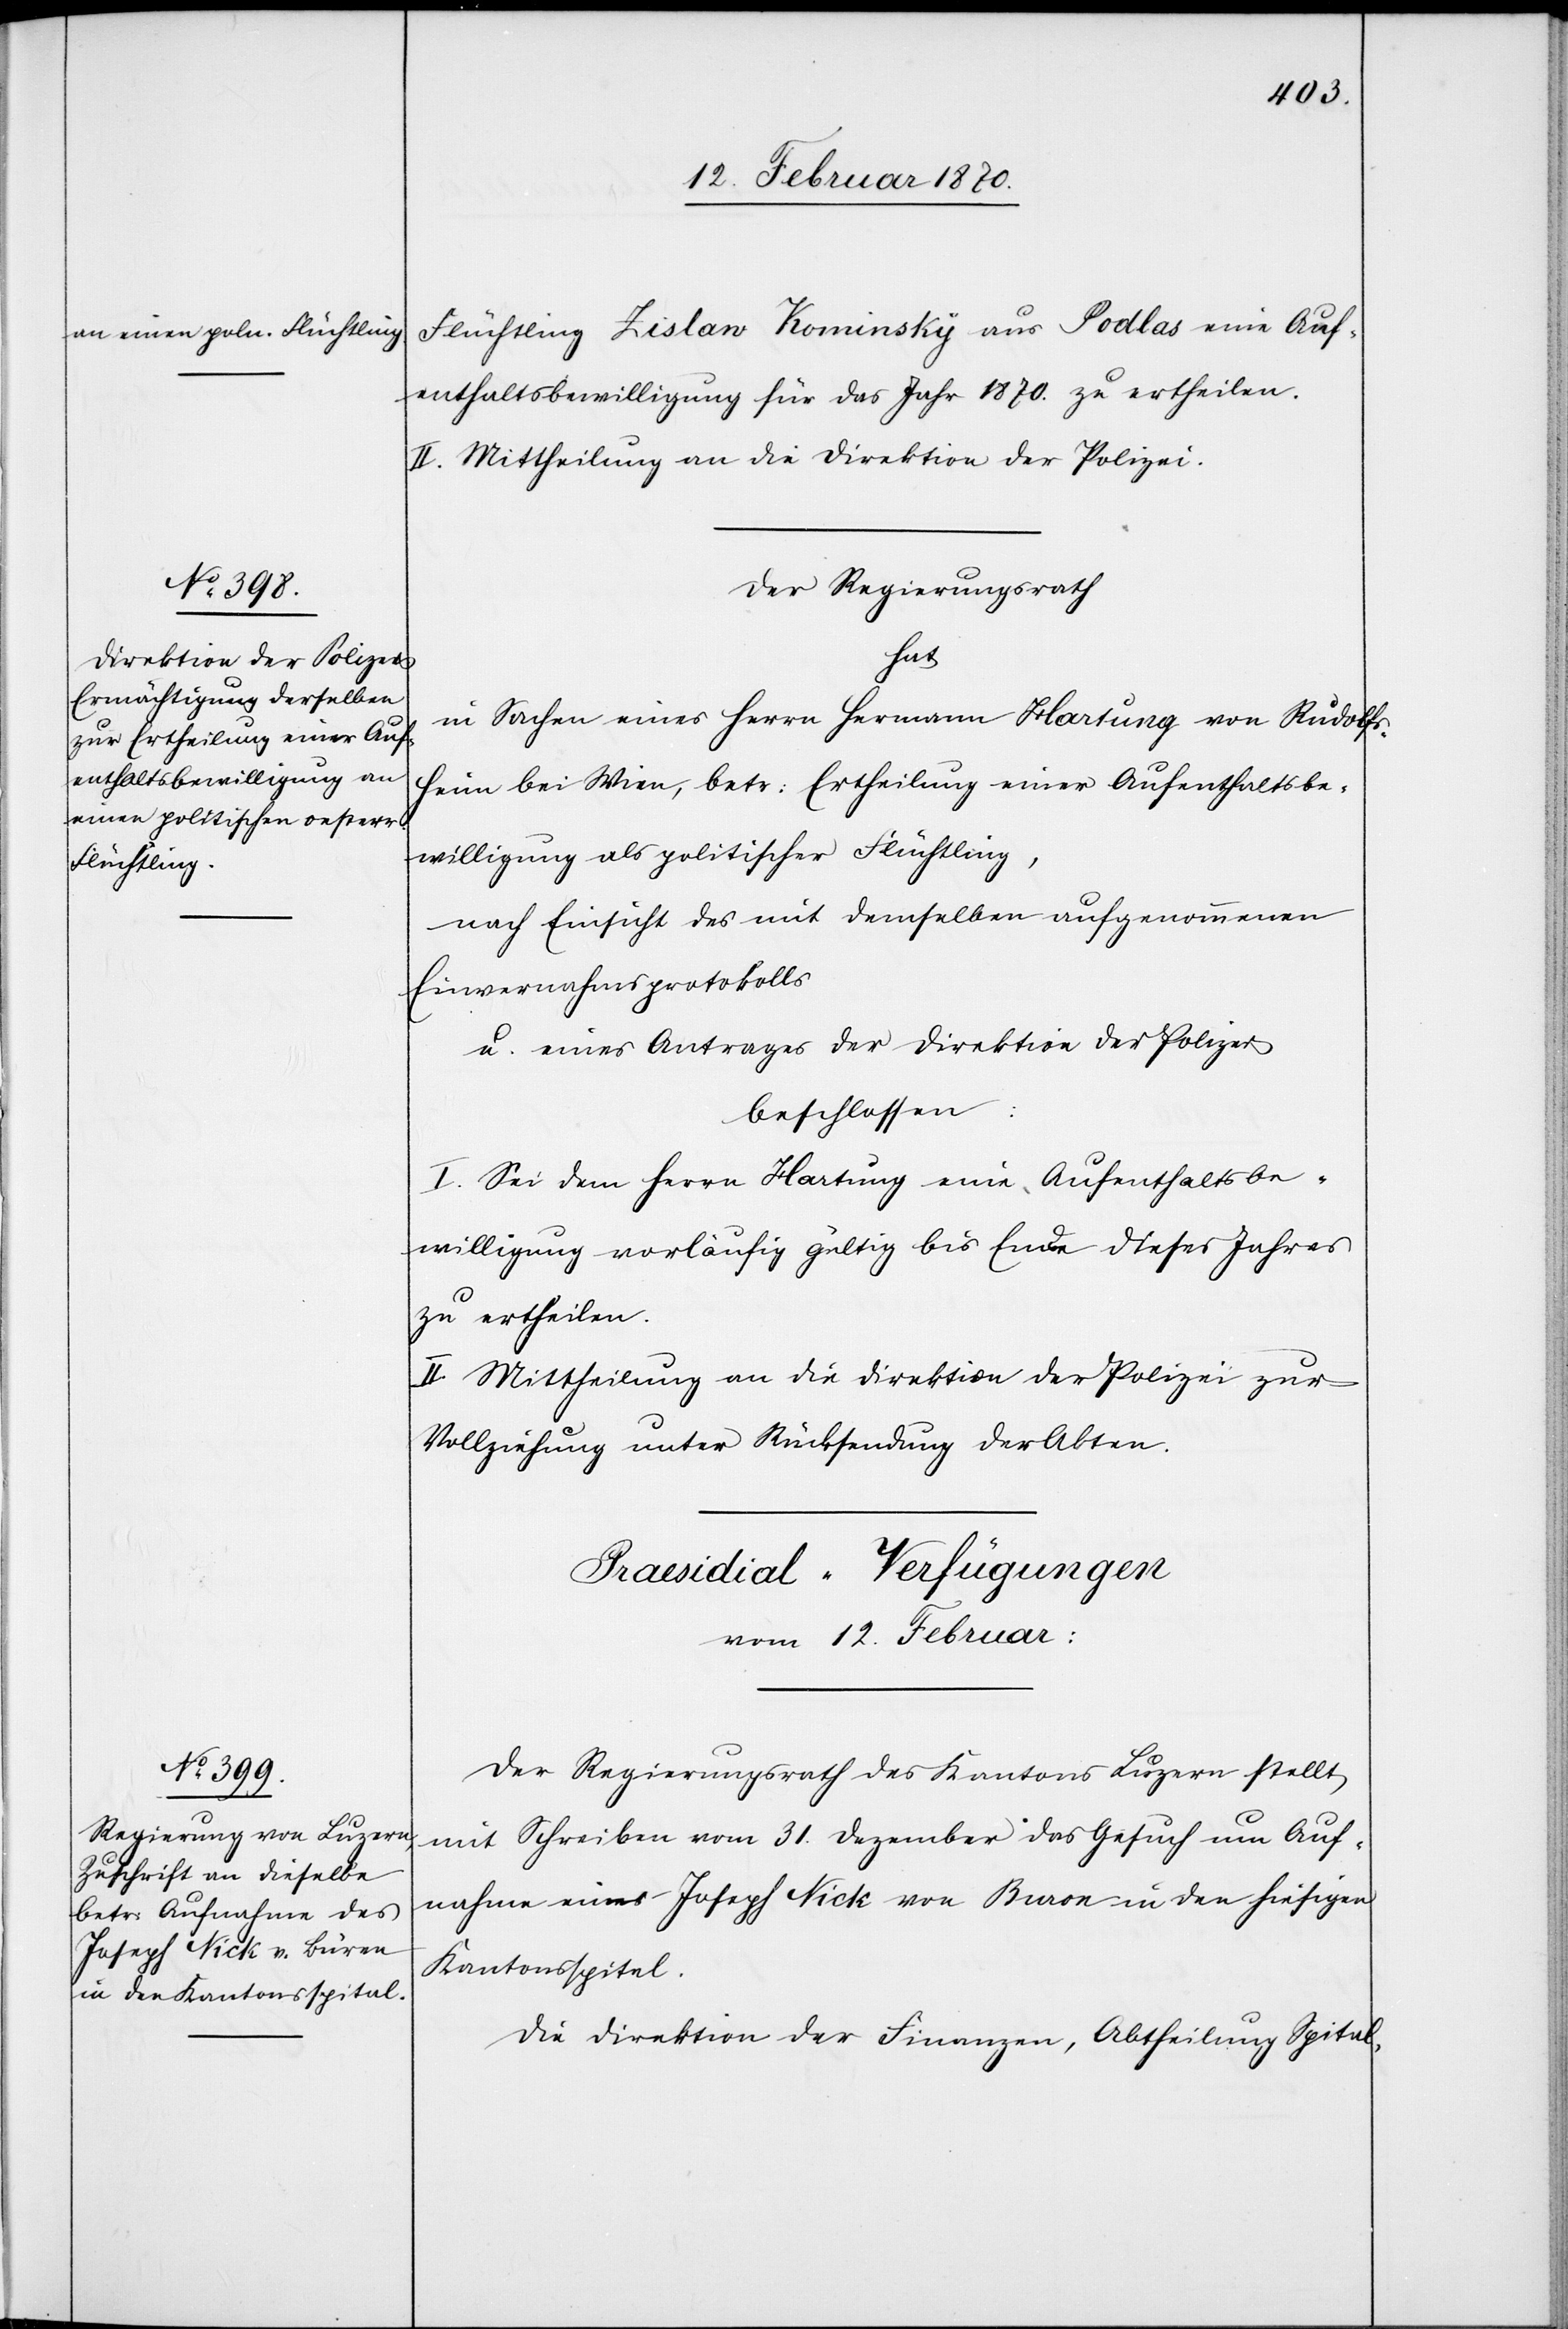
12. Februar 1870:
Flüchtling Zislaw Kominsky aus Podlas eine Auf¬
enthaltsbewilligung für das Jahr 1870. zu ertheilen.
II. Mittheilung an die Direktion der Polizei.
Der Regierungsrath
hat
in Sachen eines Herrn Hermann Hartung von Rudolfs¬
heim bei Wien, betr: Ertheilung einer Aufenthaltsbe¬
willigung als politischer Flüchtling,
nach Einsicht des mit demselben aufgenommenen
Einvernahmsprotokolls
u. eines Antrages der Direktion der Polizei
beschlossen:
I. Sei dem Herrn Hartung eine Aufenthaltsbe¬
willigung vorläufig gültig bis Ende dieses Jahres
zu ertheilen.
II. Mittheilung an die Direktion der Polizei zur
Vollziehung unter Rücksendung der Akten.
Praesidial-Verfügungen
Der Regierungsrath des Kantons Luzern stellt
mit Schreiben vom 31. Dezember das Gesuch um Auf¬
nahme eines Joseph Nick von Buron [sic!] in den hiesigen
Kantonsspital.
Die Direktion der Finanzen, Abtheilung Spital-